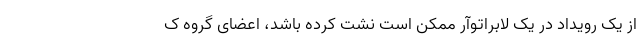
از یک رویداد در یک لابراتوآر ممکن است نشت کرده باشد، اعضای گروه ک